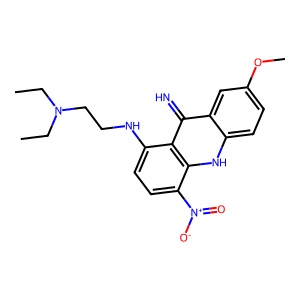
SMILES: CCN(CC)CCNc1ccc([N+](=O)[O-])c2[nH]c3ccc(OC)cc3c(=N)c12
Inhibits HIV replication: No